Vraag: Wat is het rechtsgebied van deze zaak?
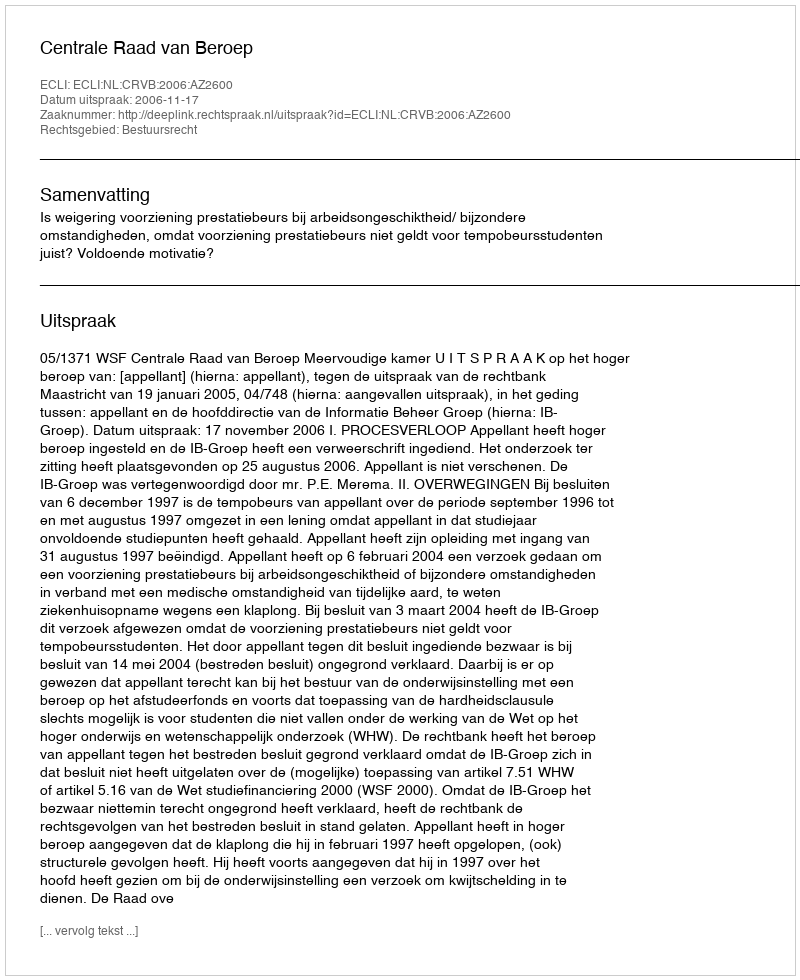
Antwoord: Bestuursrecht